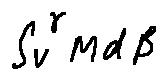
\int \limits _ { V } ^ { \gamma } M d \beta